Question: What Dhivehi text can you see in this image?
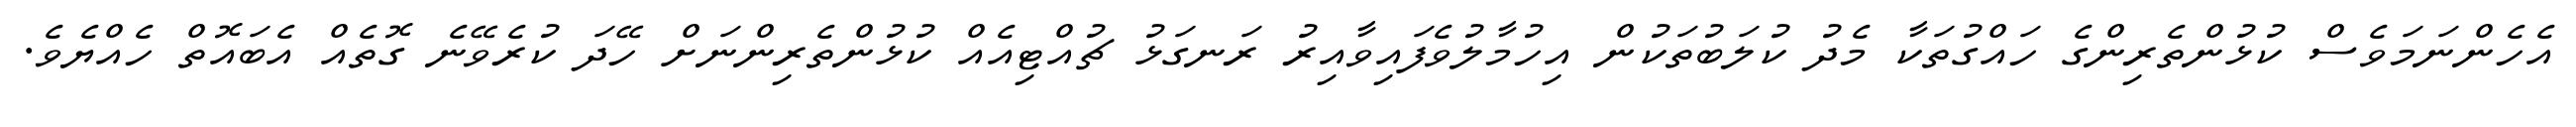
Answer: އެހެންނަމަވެސް ކުޅުންތެރިންގެ ހައްގުތަކާ މެދު ކުލަބުތަކުން އިހުމާލުވެފައިވާއިރު ރަނގަޅު ޗުއްޓިއެއް ކުޅުންތެރިންނަށް ހޭދަ ކުރެވޭނެ ގޮތެއް އެބައޮތް ހެއްޔެވެ.